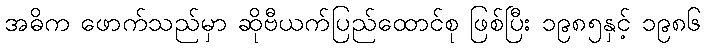
အဓိက ဖောက်သည်မှာ ဆိုဗီယက်ပြည်ထောင်စု ဖြစ်ပြီး ၁၉၈၅နှင့် ၁၉၈၆